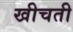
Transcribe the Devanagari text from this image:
खीचती